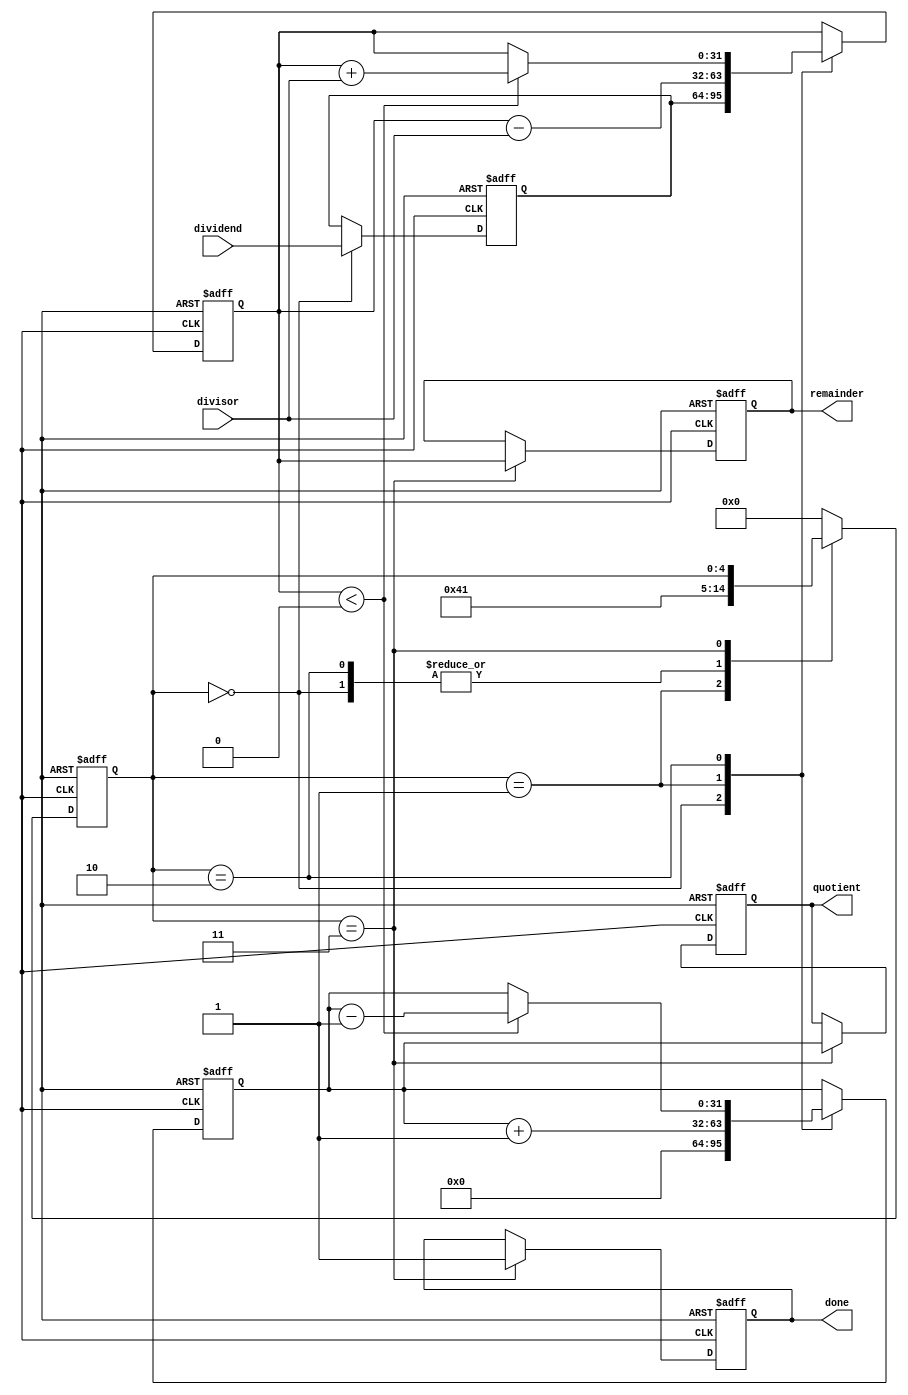
module Pipelined_Divider (
    input wire [31:0] dividend,
    input wire [31:0] divisor,
    output reg [31:0] quotient,
    output reg [31:0] remainder,
    output reg done
);

reg [31:0] temp_dividend;
reg [31:0] temp_remainder;
reg [31:0] temp_quotient;

reg [4:0] pipeline_stage;

always @ (posedge clk or posedge reset) begin
    if (reset) begin
        temp_dividend <= 32'b0;
        temp_remainder <= 32'b0;
        temp_quotient <= 32'b0;
        quotient <= 32'b0;
        remainder <= 32'b0;
        pipeline_stage <= 5'b0;
        done <= 1'b0;
    end else begin
        case (pipeline_stage)
            5'b00000: begin // Initial stage
                temp_dividend <= dividend;
                temp_remainder <= temp_dividend;
                temp_quotient <= 32'b0;
                pipeline_stage <= 5'b00001;
            end
            5'b00001: begin // Quotient calculation stage
                temp_quotient <= temp_quotient + 1;
                temp_remainder <= temp_remainder - divisor;
                pipeline_stage <= 5'b00010;
            end
            5'b00010: begin // Remainder sign correction stage
                if (temp_remainder < 0) begin
                    temp_remainder <= temp_remainder + divisor;
                    temp_quotient <= temp_quotient - 1;
                end
                pipeline_stage <= 5'b00001;
            end
            5'b00011: begin // Done stage
                quotient <= temp_quotient;
                remainder <= temp_remainder;
                done <= 1'b1;
            end
            default: begin
                pipeline_stage <= 5'b00000;
            end
        endcase
    end
end

endmodule